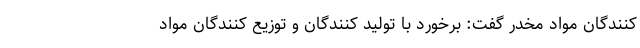
کنندگان مواد مخدر گفت: برخورد با تولید کنندگان و توزیع کنندگان مواد